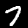
Digit: 7